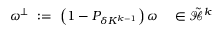
\omega ^ { \perp } \ : = \ \left( 1 - P _ { \delta K ^ { k - 1 } } \right) \omega \ \ \ \in \tilde { { \mathcal H } } ^ { k }